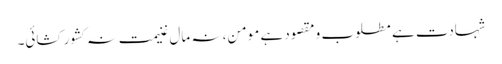
شہادت ہے مطلوب و مقصود ہے مومن، نہ مال غنیمت نہ کشور کشائی۔